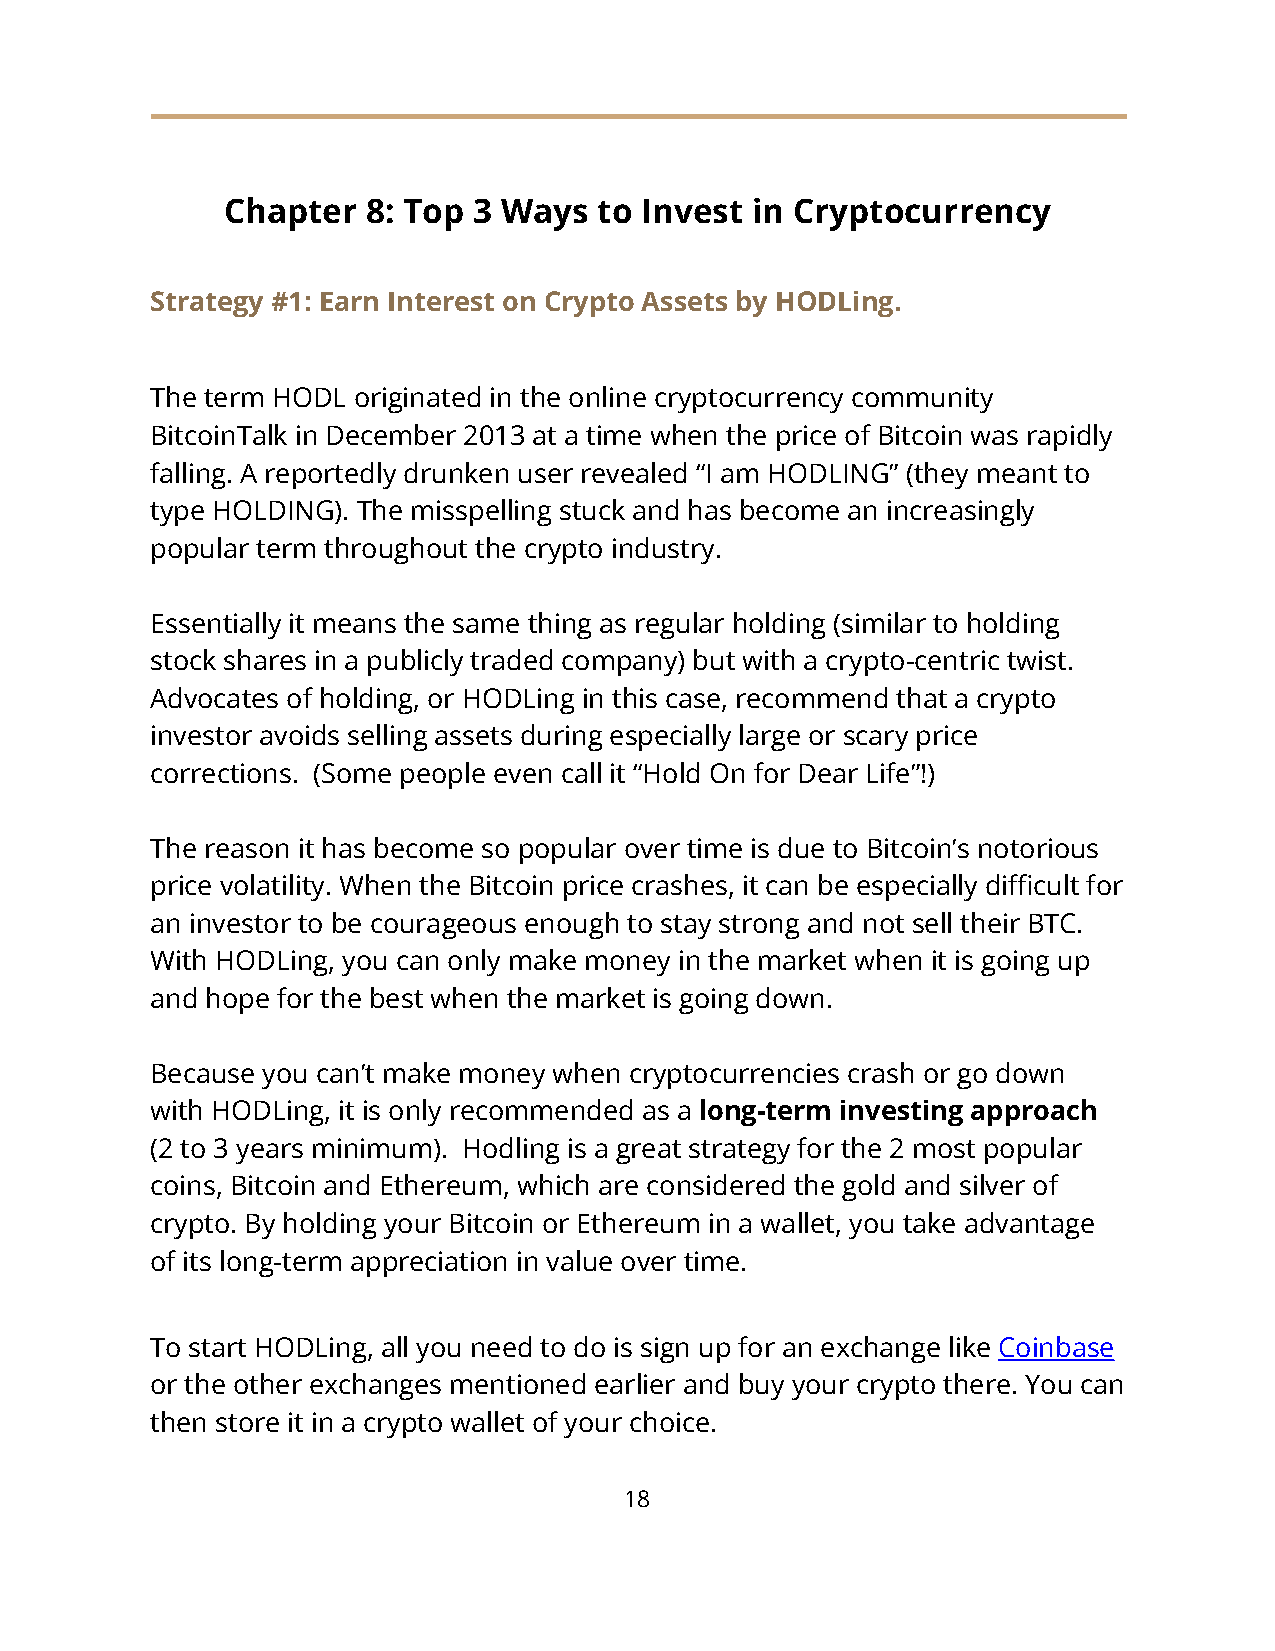
Chapter  8: Top 3 Ways   to Invest in Cryptocurrency
 Strategy #1: Earn Interest on Crypto Assets by HODLing.
 The term HODL originated in the online cryptocurrency community
 BitcoinTalk in December 2013 at a time when the price of Bitcoin was rapidly
 falling. A reportedly drunken user revealed “I am HODLING” (they meant to
 type HOLDING). The misspelling stuck and has become an increasingly
 popular term throughout the crypto industry.
 Essentially it means the same thing as regular holding (similar to holding
 stock shares in a publicly traded company) but with a crypto-centric twist.
 Advocates of holding, or HODLing in this case, recommend that a crypto
 investor avoids selling assets during especially large or scary price
 corrections. (Some people even call it “Hold On for Dear Life”!)
 The reason it has become so popular over time is due to Bitcoin’s notorious
 price volatility. When the Bitcoin price crashes, it can be especially difficult for
 an investor to be courageous enough to stay strong and not sell their BTC.
 With HODLing, you can only make money in the market when it is going up
 and hope for the best when the market is going down.
 Because you can’t make money when cryptocurrencies crash or go down
 with HODLing, it is only recommended as a long-term investing approach
 (2 to 3 years minimum). Hodling is a great strategy for the 2 most popular
 coins, Bitcoin and Ethereum, which are considered the gold and silver of
 crypto. By holding your Bitcoin or Ethereum in a wallet, you take advantage
 of its long-term appreciation in value over time.
 To start HODLing, all you need to do is sign up for an exchange like Coinbase
 or the other exchanges mentioned earlier and buy your crypto there. You can
 then store it in a crypto wallet of your choice.
 18